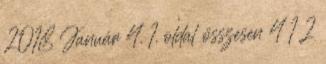
2018 Január 4. 1. oldal összesen 4 1 2